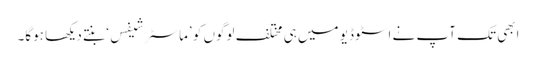
ابھی تک آپ نے اسٹوڈیو میں ہی مختلف لوگوں کو ’ماسٹر شیفس‘ بنتے دیکھا ہوگا۔